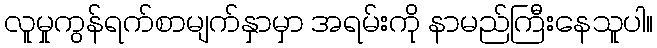
လူမှုကွန်ရက်စာမျက်နှာမှာ အရမ်းကို နာမည်ကြီးနေသူပါ။